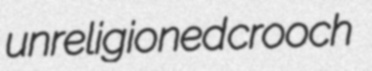
unreligioned crooch